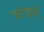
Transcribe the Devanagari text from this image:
फारयाबी